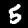
Digit: 5